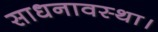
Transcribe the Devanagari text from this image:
साधनावस्था।